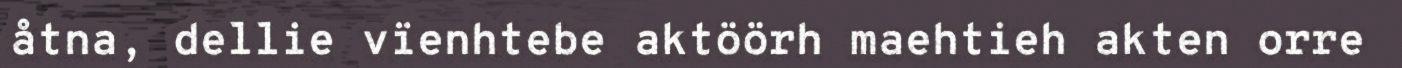
åtna, dellie vïenhtebe aktöörh maehtieh akten orre